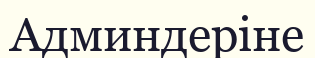
Админдеріне